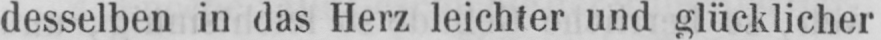
desselben in das Herz leichter und glücklicher